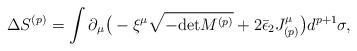
LaTeX: \begin{align*}\Delta S^{(p)} = \int \partial_\mu \big( - \xi^\mu \sqrt{-{\rm det}M^{(p)}} + 2\bar\epsilon_2 J_{(p)}^\mu \big) d^{p+1} \sigma,\end{align*}